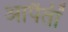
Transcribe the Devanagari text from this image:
आपैतीं